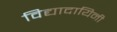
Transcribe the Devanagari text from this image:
विद्यादायिनी